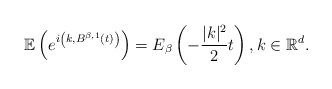
LaTeX: \begin{align*}\mathbb{E}\left(e^{i\left(k,B^{\beta,1}(t)\right)}\right)=E_{\beta}\left(-\frac{|k|^{2}}{2}t\right),k\in\mathbb{R}^{d}.\end{align*}